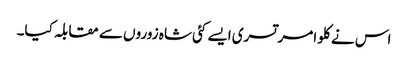
اس نے کلو امرتسری ایسے کئی شاہ زوروں سے مقابلہ کیا۔